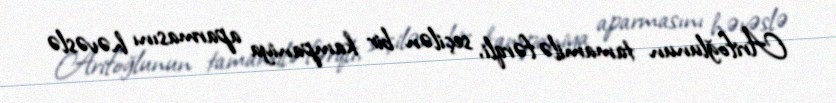
Arifoğlunun tamamilə fərqli, seçilən bir kampaniya aparmasını həvəslə